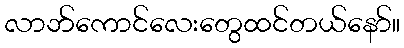
လာဘ်ကောင်လေးတွေထင်တယ်နော်။